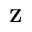
\mathbf { Z }